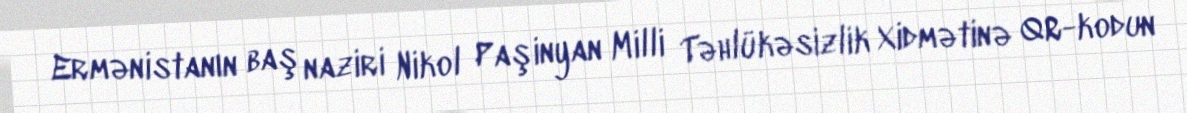
Ermənistanın baş naziri Nikol Paşinyan Milli Təhlükəsizlik Xidmətinə QR-kodun